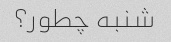
شنبه چطور؟